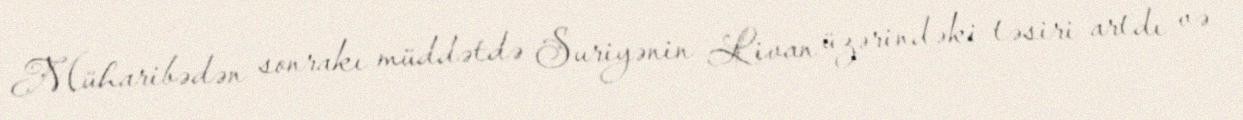
Müharibədən sonrakı müddətdə Suriyənin Livan üzərindəki təsiri artdı və